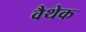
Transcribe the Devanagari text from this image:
वैथेक